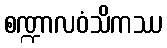
စဏ္ဍာလဝံသိကဿ